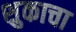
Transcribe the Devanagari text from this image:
शुकाचा